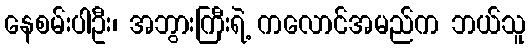
နေစမ်းပါဦး၊ အဘွားကြီးရဲ့ ကလောင်အမည်က ဘယ်သူ